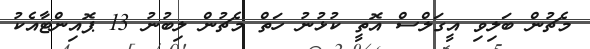
މެޗުން ބަލިވި އީގަލްސް އޮތީ ކުޅުނު ހަތް މެޗުން ލިބުނު 13 ޕޮއިންޓާއެކު